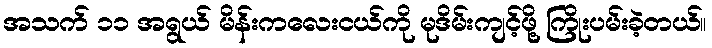
အသက် ၁၁ အရွယ် မိန်းကလေးငယ်ကို မုဒိမ်းကျင့်ဖို့ ကြိုးပမ်းခဲ့တယ်။